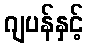
ဂျပန်နှင့်